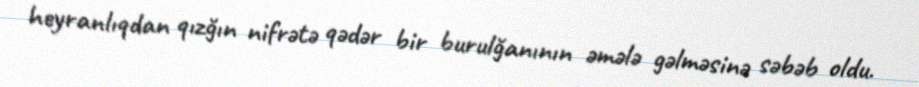
heyranlıqdan qızğın nifrətə qədər bir burulğanının əmələ gəlməsinə səbəb oldu.